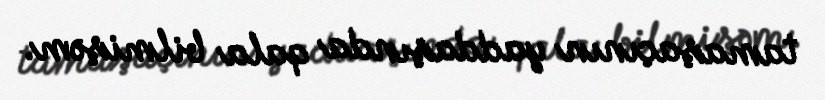
tamaşaçının yaddaşında qala bilmişəm.